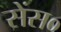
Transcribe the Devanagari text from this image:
सेंस०